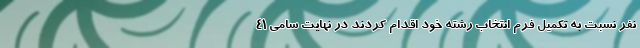
نفر نسبت به تکمیل فرم انتخاب رشته خود اقدام کردند در نهایت سامی ۴۱